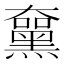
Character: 𪑵